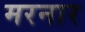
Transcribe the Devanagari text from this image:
मरनार